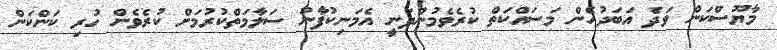
މާޔޫސްކަން ވަދެ އަބަދުހެން މަސައްކަތް ކުރެވެމުންދަނީ އެމަނިކުފާނު ސަލާމަތްކުރުމަށް ކުރެވެން ހުރި ކަންކަން